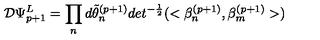
{ \cal D } \Psi _ { p + 1 } ^ { L } = \prod _ { n } d \tilde { \theta } _ { n } ^ { ( p + 1 ) } d e t ^ { - { \frac { 1 } { 2 } } } ( < \beta _ { n } ^ { ( p + 1 ) } , \beta _ { m } ^ { ( p + 1 ) } > )